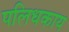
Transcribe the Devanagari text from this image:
पलिधकाय